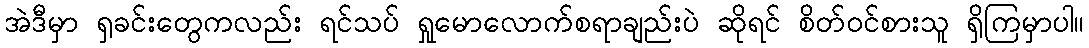
အဲဒီမှာ ရှခင်းတွေကလည်း ရင်သပ် ရှုမောလောက်စရာချည်းပဲ ဆိုရင် စိတ်ဝင်စားသူ ရှိကြမှာပါ။